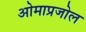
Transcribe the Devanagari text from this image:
ओमाप्रजोल